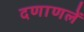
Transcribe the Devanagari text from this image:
दणाणलें